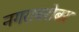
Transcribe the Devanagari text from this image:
नगराबरोबर